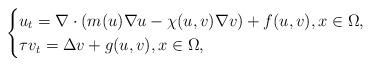
LaTeX: \begin{align*}\begin{cases}u_{t}=\nabla\cdot (m(u)\nabla u- \chi(u,v)\nabla v) + f(u,v), x\in\Omega, \cr\tau v_t=\Delta v + g(u,v), x\in\Omega,\end{cases}\end{align*}